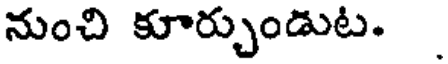
నుంచి కూర్చుండుట.